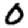
Digit: 0